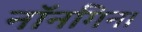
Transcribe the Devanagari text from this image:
नॉनगिन।